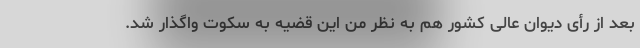
بعد از رأی دیوان عالی کشور هم به نظر من این قضیه به سکوت واگذار شد.